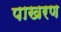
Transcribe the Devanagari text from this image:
पाखरण